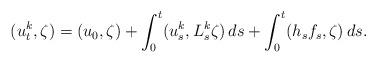
LaTeX: \begin{align*} (u^{k}_{t},\zeta) =(u_{0},\zeta)+\int_{0}^{t}(u^{k}_{s}, L^{k}_{s} \zeta)\,ds+\int_{0}^{t} ( h_{s}f_{s}, \zeta) \,ds.\end{align*}